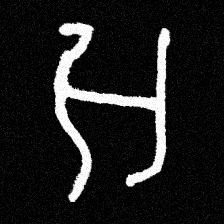
Pyu character \u2014 Myanmar letter: အ (romanized: a)